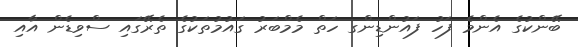
ބޭންކުގެ އެންމެ ފަހު ފައުންޑިންގ ހަތް މެމްބަރު ގައުމުތަކުގެ ތެރޭގައި ސްވިޑެން އާއި